Problem: 13 + 54 = ?
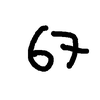
Handwritten answer: 67